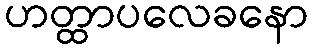
ဟတ္ထာပလေခနော